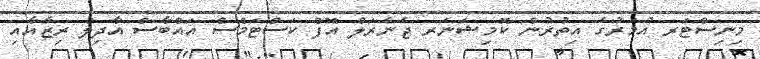
މިނިސްޓަރ އުމަރުގެ އިތުރުން ކޮމިޝަނަރ ޖެނެރަލް އޮފް ކަސްޓަމްސް އައްބާސް އާދިލް ރިޒާއާއި